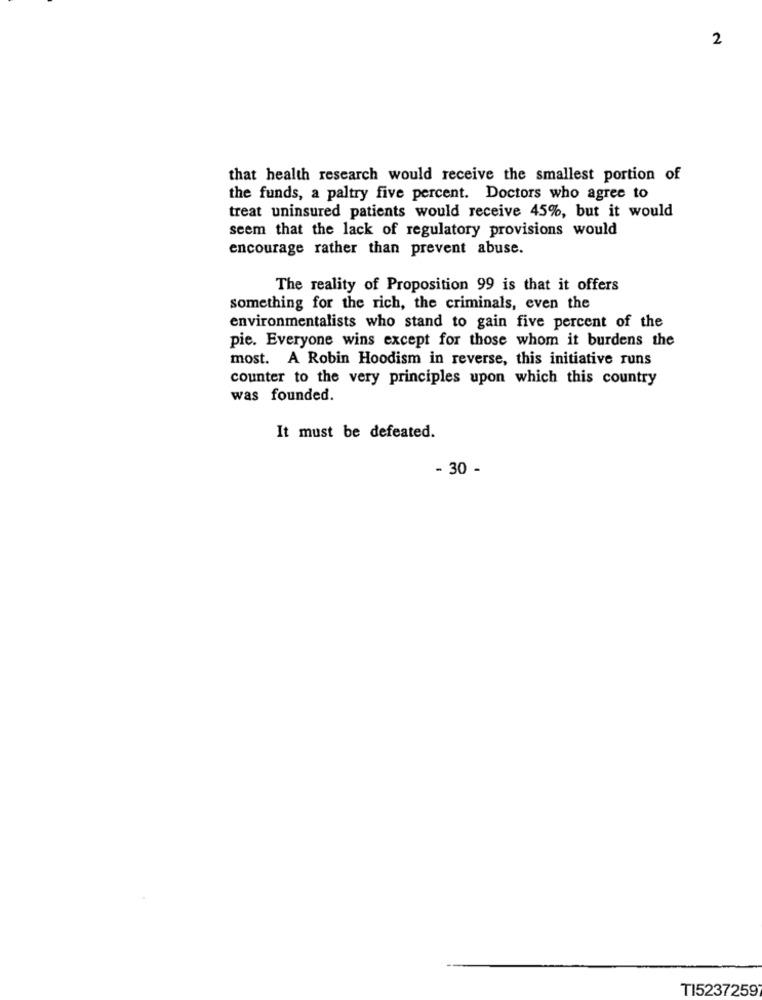
2
that health research would receive the smallest portion of
the funds, a paltry five percent. Doctors who agree to
treat uninsured patients would receive 45%, but it would
seem that the lack of regulatory provisions would
encourage rather than prevent abuse.
The reality of Proposition 99 is that it offers
something for the rich, the criminals, even the
environmentalists who stand to gain five percent of the
pie. Everyone wins except for those whom it burdens the
most. A Robin Hoodism in reverse, this initiative runs
counter to the very principles upon which this country
was founded.
It must be defeated.
- 30 -
TI5237259